Annual report on the working of the Harcourt Butler Institute of Public Health, Rangoon
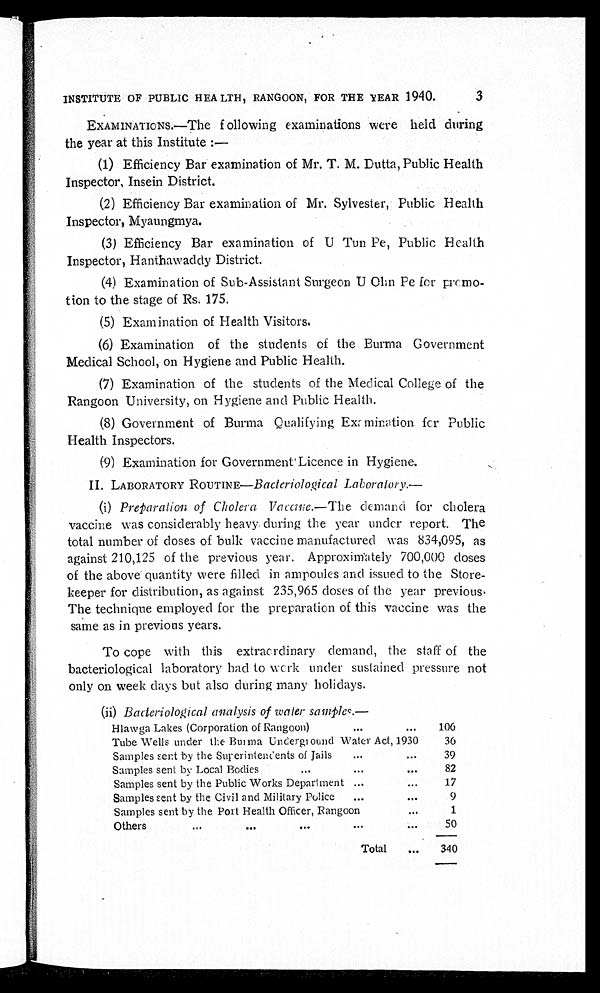
INSTITUTE OF PUBLIC HEALTH, RANGOON, FOR THE YEAR 1940.
3
EXAMINATIONS.—The following examinations were held during
the year at this Institute :
—
(1) Efficiency Bar examination of Mr. T. M. Dutta, Public Health
Inspector, Insein District.
(2) Efficiency Bar examination of Mr. Sylvester, Public Health
Inspector, Myaungmya.
(3) Efficiency Bar examination of U Tun Pe, Public Health
Inspector, Hanthawaddy District.
(4) Examination of Sub-Assistant Surgeon U Ohn Pe for promo--
tion to the stage of Rs. 175.
(5) Examination of Health Visitors.
(6) Examination of the students of the Burma Government
Medical School, on Hygiene and Public Health.
(7) Examination of the students of the Medical College of the
Rangoon University, on Hygiene and Public Health.
(8) Government of Burma Qualifying Examination for Public
Health Inspectors.
(9) Examination for Government Licence in Hygiene.
II. LABORATORY ROUTINE— Bacteriological Laboratory.—
(i)
Preparation of Cholera Vaccine.—The demand for cholera
vaccine was considerably heavy during the year under report. The
total number of doses of bulk vaccine manufactured was 834,095, as
against 210,125 of the previous year. Approximately 700,000 doses
of the above quantity were filled in ampoules and issued to the Store-
keeper for distribution, as against 235,965 doses of the year previous.
The technique employed for the preparation of this vaccine was the
same as in previous years.
To cope with this extraordinary demand, the staff of the
bacteriological laboratory had to work under sustained pressure not
only on week days but also during many holidays.
(ii) Bacteriological analysis of water samples.—
Hlawga Lakes (Corporation of Rangoon)
...
...
106
Tube Wells under the Burma Underground Water Act, 1930
36
Samples sent by the Superintendents of Jails
...
...
39
Samples sent by Local Bodies
...
...
...
82
Samples sent by the Public Works Department ...
...
17
Samples sent by the Civil and Military Police
...
...
9
Samples sent by the Port Health Officer, Rangoon
...
1
Others
...
...
...
...
50
Total
...
340